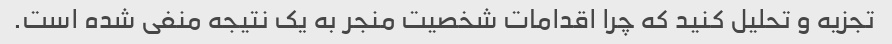
تجزیه و تحلیل کنید که چرا اقدامات شخصیت منجر به یک نتیجه منفی شده است.